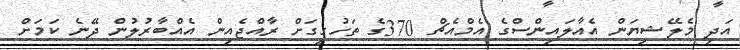
އަދި މެލޭޝިޔަން އެއާލައިންސްގެ އެމްއެޗް 370ގެ ތަހުގީގަށް ރާއްޖެއިން އެއްބާރުލުން ދޭނެ ކަމަށް